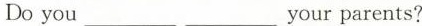
Do you___ ___your parents?